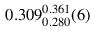
0 . 3 0 9 _ { 0 . 2 8 0 } ^ { 0 . 3 6 1 } ( 6 )